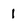
Character: 1